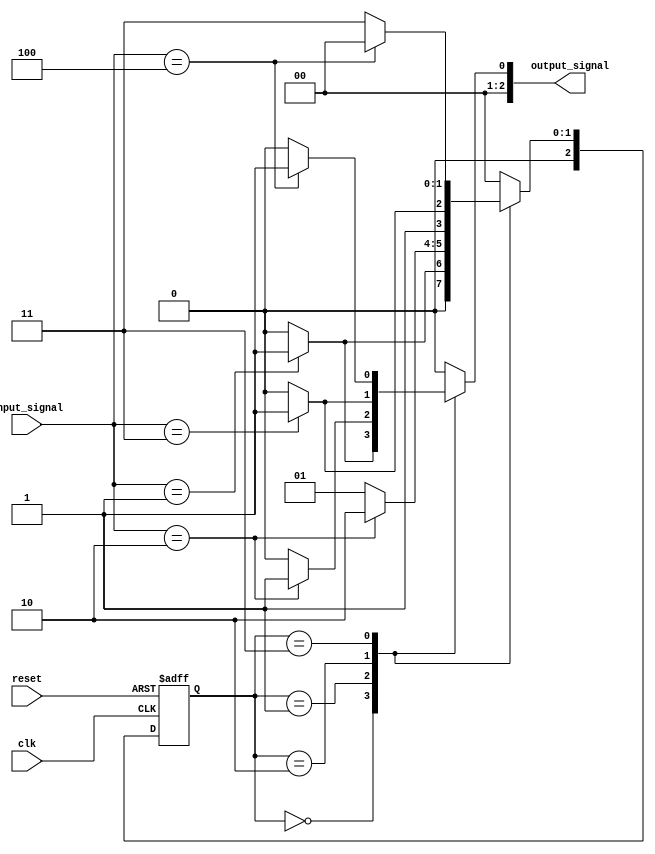
module MealyStateMachine #(
    parameter N = 3,                // Number of bits for state encoding
    parameter NUM_STATES = 2**N     // Total number of states
)(
    input wire clk,                 // Clock signal
    input wire reset,               // Asynchronous reset
    input wire [N-1:0] input_signal,// Input signals affecting state transitions and outputs
    output reg [N-1:0] output_signal // Output signals
);

    // State register
    reg [N-1:0] current_state, next_state;

    // State encoding (example: binary encoding)
    localparam STATE_0 = 3'b000;
    localparam STATE_1 = 3'b001;
    localparam STATE_2 = 3'b010;
    localparam STATE_3 = 3'b011;

    // State transition logic (Mealy machine)
    always @(*) begin
        case (current_state)
            STATE_0: begin
                if (input_signal == 3'b001) begin
                    next_state = STATE_1;
                    output_signal = 1; // Output based on input
                end else begin
                    next_state = STATE_0;
                    output_signal = 0;
                end
            end
            STATE_1: begin
                if (input_signal == 3'b010) begin
                    next_state = STATE_2;
                    output_signal = 1;
                end else begin
                    next_state = STATE_1;
                    output_signal = 0;
                end
            end
            STATE_2: begin
                if (input_signal == 3'b011) begin
                    next_state = STATE_3;
                    output_signal = 1;
                end else begin
                    next_state = STATE_2;
                    output_signal = 0;
                end
            end
            STATE_3: begin
                if (input_signal == 3'b100) begin
                    next_state = STATE_0;
                    output_signal = 1;
                end else begin
                    next_state = STATE_3;
                    output_signal = 0;
                end
            end
            default: begin
                next_state = STATE_0;
                output_signal = 0;
            end
        endcase
    end

    // State register update
    always @(posedge clk or posedge reset) begin
        if (reset) begin
            current_state <= STATE_0; // Reset to initial state
        end else begin
            current_state <= next_state; // Update state on clock edge
        end
    end

endmodule